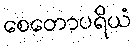
စေတောပရိယံ